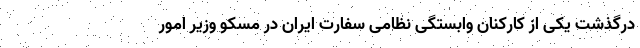
درگذشت یکی از کارکنان وابستگی نظامی سفارت ایران در مسکو وزیر امور